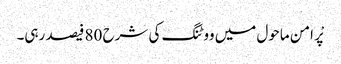
پْر امن ماحول میں ووٹنگ کی شرح 80 فیصد رہی۔